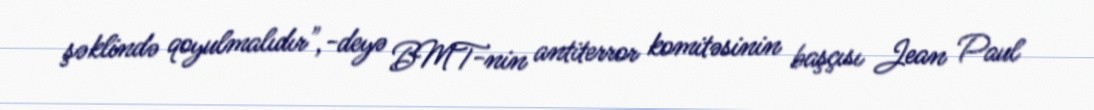
şəklində qoyulmalıdır",-deyə BMT-nin antiterror komitəsinin başçısı Jean Paul